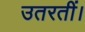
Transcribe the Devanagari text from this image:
उतरतीं।